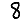
Digit: 8